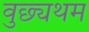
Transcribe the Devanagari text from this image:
वुछ्यथम